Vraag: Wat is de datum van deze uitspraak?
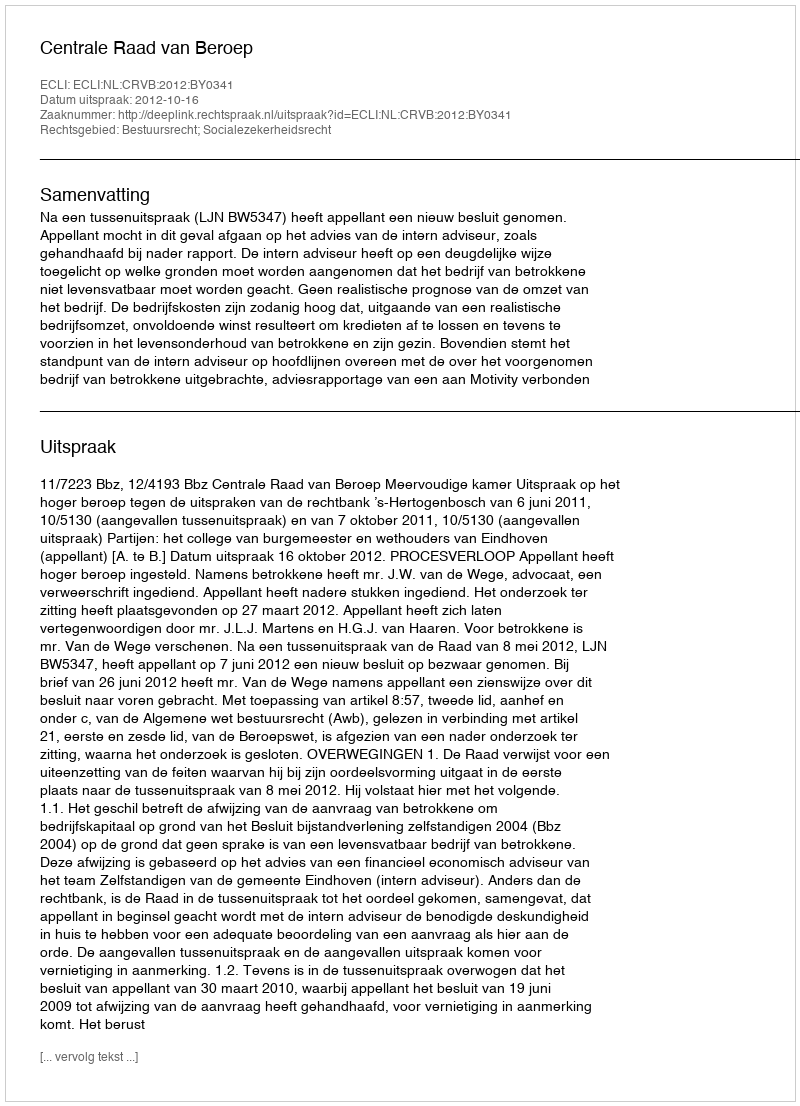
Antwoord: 2012-10-16